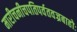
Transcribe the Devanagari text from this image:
मारीचनीचपतिपर्वतवज्रबाहोः